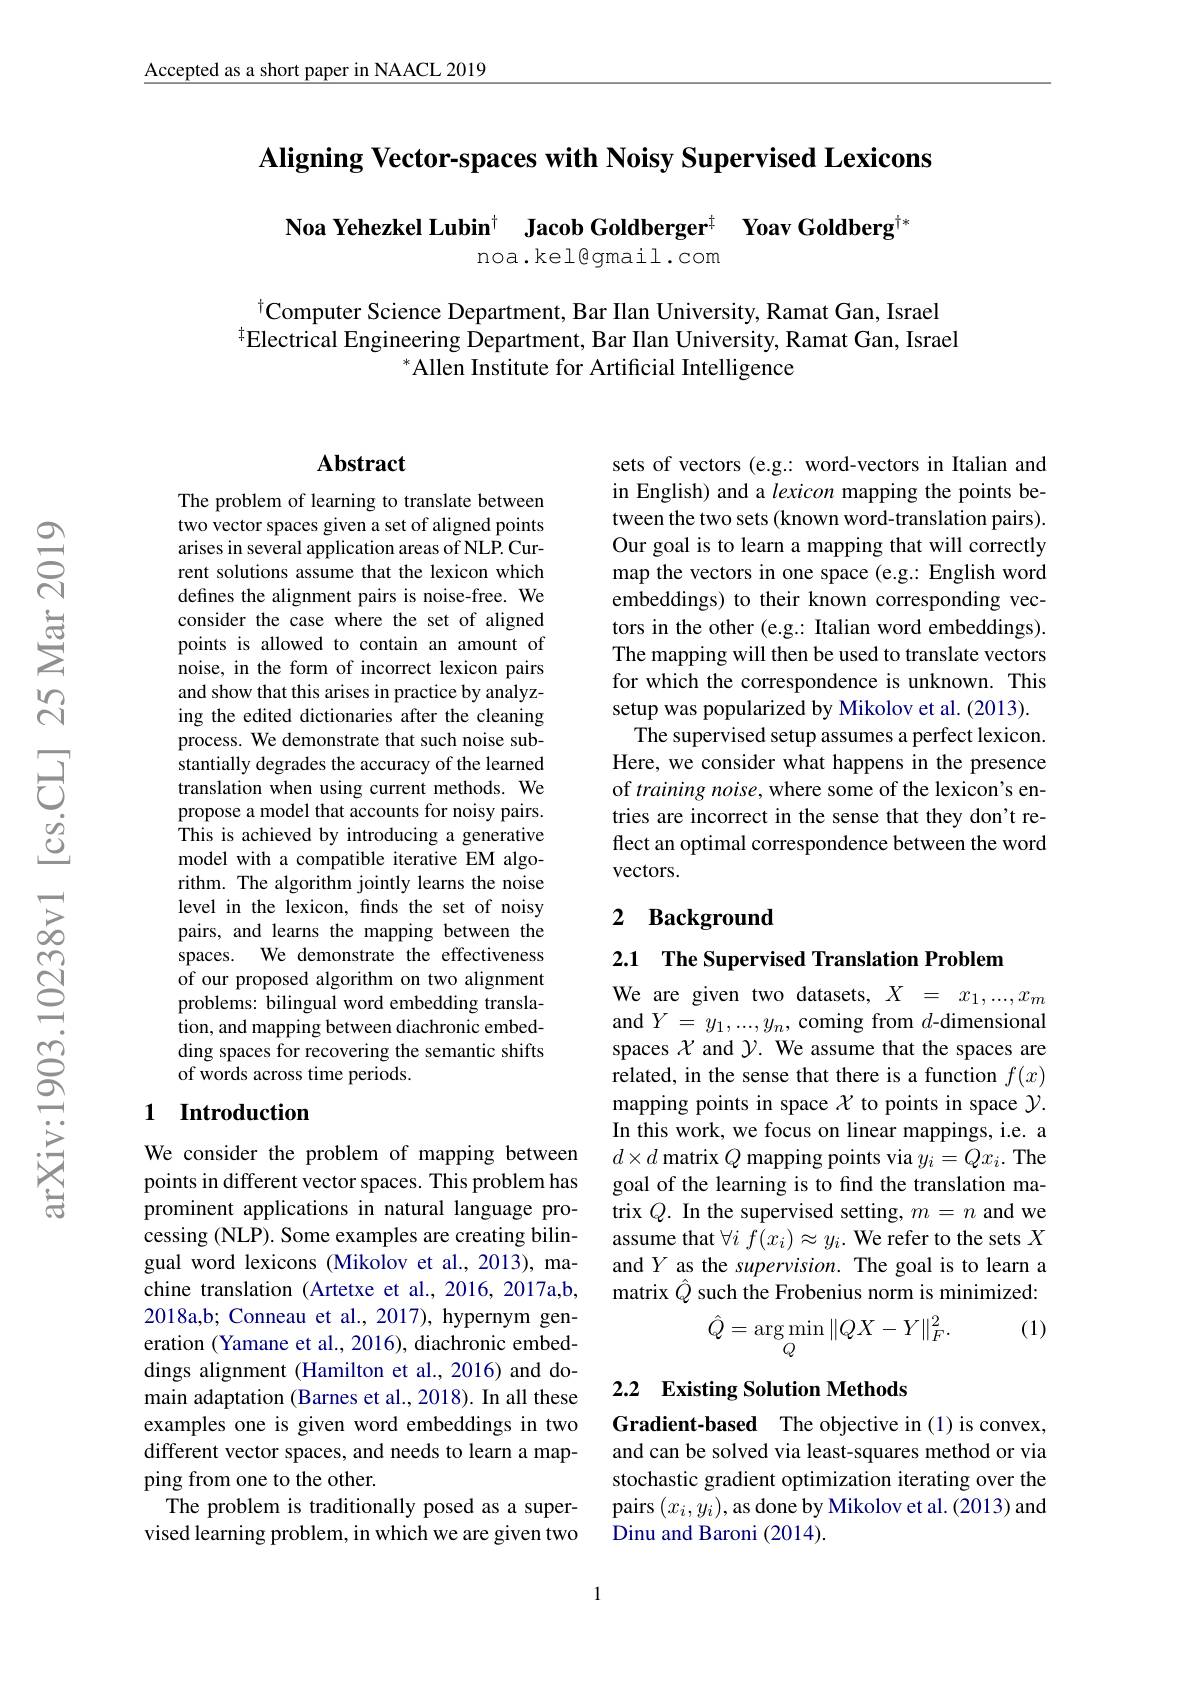
$\underline{\text{Accepted as a short paper in NAACL 2019}}$

Aligning Vector-spaces with Noisy Supervised Lexicons

Noa Yehezkel Lubin$^{\dagger}$ Jacob Goldberger$^{\ddagger}$ Yoav Goldberg$^{\dagger*}$
noa.kel@gmail.com

$^{\dagger}$Computer Science Department, Bar Ilan University, Ramat Gan, Israel $\hat{\text{Flectrical Engineering Department, Bar Ilan University, Ramat Gan, Israel}}$
$^*$Allen Institute for Artificial Intelligence

### $\mathbf{Abstract}$

The problem of learning to translate between two vector spaces given a set of aligned points arises in several application areas of NLP. Current solutions assume that the lexicon which defines the alignment pairs is noise-free. We consider the case where the set of aligned points is allowed to contain an amount of noise, in the form of incorrect lexicon pairs and show that this arises in practice by analyzing the edited dictionaries after the cleaning process. We demonstrate that such noise substantially degrades the accuracy of the learned translation when using current methods. We propose a model that accounts for noisy pairs. This is achieved by introducing a generative model with a compatible iterative EM algorithm. The algorithm jointly learns the noise level in the lexicon, finds the set of noisy pairs, and learns the mapping between the spaces. We demonstrate the effectiveness of our proposed algorithm on two alignment problems: bilingual word embedding transla- $\hat{\text{tion, and mapping between diachronic embed-}}$ ding spaces for recovering the semantic shifts of words across time periods.

# 1 Introduction

We consider the problem of mapping between points in different vector spaces. This problem has prominent applications in natural language processing (NLP). Some examples are creating bilingual word lexicons (Mikolov et al.,2013), machine translation (Artetxe et al., 2016, 2017a,b, 2018a,b; Conneau et al., 2017), hypernym generation (Yamane et al., 2016), diachronic embeddings alignment (Hamilton et al., 2016) and domain adaptation (Barnes et al., 2018). In all these examples one is given word embeddings in two different vector spaces, and needs to learn a mapping from one to the other.
The problem is traditionally posed as a supervised learning problem, in which we are given two

sets of vectors (e.g.: word-vectors in Italian and in English) and a lexicon mapping the points between the two sets (known word-translation pairs). Our goal is to learn a mapping that will correctly map the vectors in one space (e.g: English word embeddings) to their known corresponding vectors in the other (e.g.: Italian word embeddings). The mapping will then be used to translate vectors for which the correspondence is unknown. This setup was popularized by Mikolov et al. (2013).
The supervised setup assumes a perfect lexicon. Here, we consider what happens in the presence of training noise, where some of the lexicon's entries are incorrect in the sense that they don't reflect an optimal correspondence between the word vectors.

# 2 Background

2.1 The Supervised Translation Problem

We are given two datasets, $X=x_1,...,x_m$ and $Y=y_1,...,y_n$, coming from $d$-dimensional spaces $\chi$ and $\mathcal{Y}.$ We assume that the spaces are related, in the sense that there is a function $f(x)$ mapping points in space $\chi$ to points in space $\mathcal{Y}.$ In this work, we focus on linear mappings, i.e. a $d\times d$ matrix $Q$ mapping points via $y_i=Qx_i.$ The goal of the learning is to find the translation matrix $Q.$ In the supervised setting, $m=n$ and we assume that $\forall i$ $f(x_i)\approx y_i.$ We refer to the sets $X$ and $Y$ as the supervision. The goal is to learn a matrix $\hat{Q}$ such the Frobenius norm is minimized:

(1)
$$\hat Q=\underset{Q}{\arg\min}\|QX-Y\|_F^2.$$
## 2.2 Existing Solution Methods

Gradient-based The objective in (1) is convex, and can be solved via least-squares method or via stochastic gradient optimization iterating over the pairs $(x_i,y_i)$,as done by Mikolov et al. (2013) and Dinu and Baroni (2014).